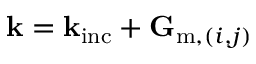
\mathbf { k } = \mathbf { k } _ { \mathrm { i n c } } + \mathbf { G } _ { \mathrm { m } , ( i , j ) }